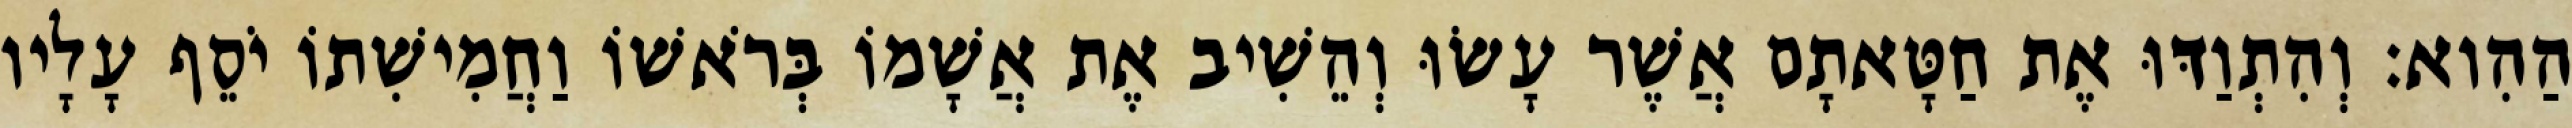
הַהִוא׃ וְהִתְוַדּוּ אֶת חַטָּאתָם אֲשֶׁר עָשׂוּ וְהֵשִׁיב אֶת אֲשָׁמוֹ בְּרֹאשׁוֹ וַחֲמִישִׁתוֹ יֹסֵף עָלָיו